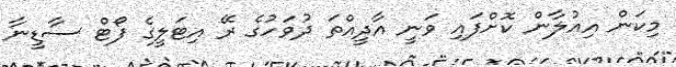
މިކަން އިއުލާން ކޮށްފައި ވަނީ އާދީއްތަ ދުވަހުގެ ރޭ އިޓަލީގެ ފޯޓް ސާޑީނާ